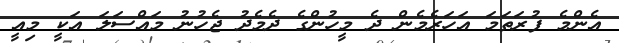
އެންމެ ފުރަތަމަ އަހަރެމެން ދެ މީހުންގެ ދެމެދު ޖެހުނު މައްސަލަ އަކީ މިއީ